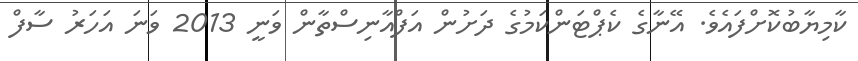
ކާމިޔާބުކޮށްފައެވެ. އޭނާގެ ކެޕްޓަންކަމުގެ ދަށުން އަފްއާނިސްތާން ވަނީ 2013 ވަނަ އަހަރު ސާފް